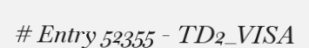
# Entry 52355 - TD2_VISA